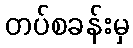
တပ်စခန်းမှ